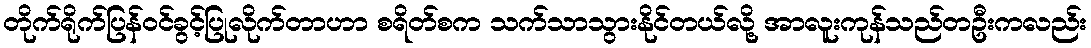
တိုက်ရိုက်ပြန်ဝင်ခွင့်ပြုလိုက်တာဟာ စရိတ်စက သက်သာသွားနိုင်တယ်လို့ အာလူးကုန်သည်တဦးကလည်း